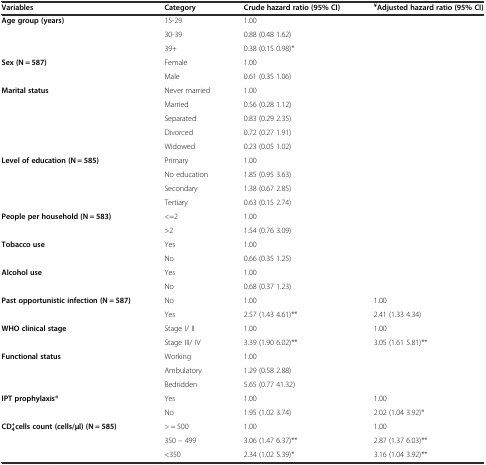
<table><thead><tr><td><b>Variables</b></td><td><b>Category</b></td><td><b>Crude hazard ratio (95% CI)</b></td><td><b><sup>¥</sup>Adjusted hazard ratio (95% CI)</b></td></tr></thead><tbody><tr><td rowspan="3"><b>Age group (years)</b></td><td>15-29</td><td>1.00</td><td></td></tr><tr><td>30-39</td><td>0.88 (0.48 1.62)</td><td></td></tr><tr><td>39+</td><td>0.38 (0.15 0.98)*</td><td></td></tr><tr><td rowspan="2"><b>Sex (N = 587)</b></td><td>Female</td><td>1.00</td><td></td></tr><tr><td>Male</td><td>0.61 (0.35 1.06)</td><td></td></tr><tr><td rowspan="5"><b>Marital status</b></td><td>Never married</td><td>1.00</td><td></td></tr><tr><td>Married</td><td>0.56 (0.28 1.12)</td><td></td></tr><tr><td>Separated</td><td>0.83 (0.29 2.35)</td><td></td></tr><tr><td>Divorced</td><td>0.72 (0.27 1.91)</td><td></td></tr><tr><td>Widowed</td><td>0.23 (0.05 1.02)</td><td></td></tr><tr><td rowspan="4"><b>Level of education (N = 585)</b></td><td>Primary</td><td>1.00</td><td></td></tr><tr><td>No education</td><td>1.85 (0.95 3.63)</td><td></td></tr><tr><td>Secondary</td><td>1.38 (0.67 2.85)</td><td></td></tr><tr><td>Tertiary</td><td>0.63 (0.15 2.74)</td><td></td></tr><tr><td rowspan="2"><b>People per household (N = 583)</b></td><td>&lt;=2</td><td>1.00</td><td></td></tr><tr><td>&gt;2</td><td>1.54 (0.76 3.09)</td><td></td></tr><tr><td rowspan="2"><b>Tobacco use</b></td><td>Yes</td><td>1.00</td><td></td></tr><tr><td>No</td><td>0.66 (0.35 1.25)</td><td></td></tr><tr><td rowspan="2"><b>Alcohol use</b></td><td>Yes</td><td>1.00</td><td></td></tr><tr><td>No</td><td>0.68 (0.37 1.23)</td><td></td></tr><tr><td rowspan="2"><b>Past opportunistic infection (N = 587)</b></td><td>No</td><td>1.00</td><td>1.00</td></tr><tr><td>Yes</td><td>2.57 (1.43 4.61)**</td><td>2.41 (1.33 4.34)</td></tr><tr><td rowspan="2"><b>WHO clinical stage</b></td><td>Stage I/ II</td><td>1.00</td><td>1.00</td></tr><tr><td>Stage III/ IV</td><td>3.39 (1.90 6.02)**</td><td>3.05 (1.61 5.81)**</td></tr><tr><td rowspan="3"><b>Functional status</b></td><td>Working</td><td>1.00</td><td></td></tr><tr><td>Ambulatory</td><td>1.29 (0.58 2.88)</td><td></td></tr><tr><td>Bedridden</td><td>5.65 (0.77 41.32)</td><td></td></tr><tr><td rowspan="2"><b>IPT prophylaxis®</b></td><td>Yes</td><td>1.00</td><td>1.00</td></tr><tr><td>No</td><td>1.95 (1.02 3.74)</td><td>2.02 (1.04 3.92)*</td></tr><tr><td rowspan="3"><b>CD</b><sub><b>4</b></sub><sup><b>+</b></sup><b>cells count (cells/μl) (N = 585)</b></td><td>&gt; = 500</td><td>1.00</td><td>1.00</td></tr><tr><td>350 – 499</td><td>3.06 (1.47 6.37)**</td><td>2.87 (1.37 6.03)**</td></tr><tr><td>&lt;350</td><td>2.34 (1.02 5.39)*</td><td>3.16 (1.04 3.92)**</td></tr></tbody></table>